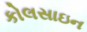
કોલસાઇન